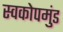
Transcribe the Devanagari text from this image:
स्वकोपमुंड